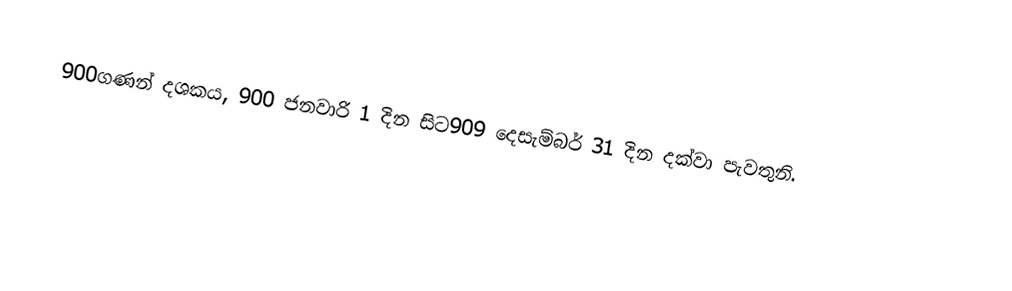
900ගණන් දශකය, 900 ජනවාරි 1 දින සිට909 ‌දෙසැම්බර් 31 දින දක්වා පැවතුනි.